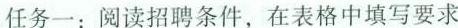
任务一:阅读招聘条件,在表格中填写要求